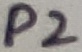
Text: P2